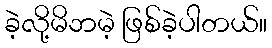
ခဲ့လို့မိဘမဲ့ ဖြစ်ခဲ့ပါတယ်။